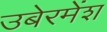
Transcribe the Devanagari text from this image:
उबेरमेंश